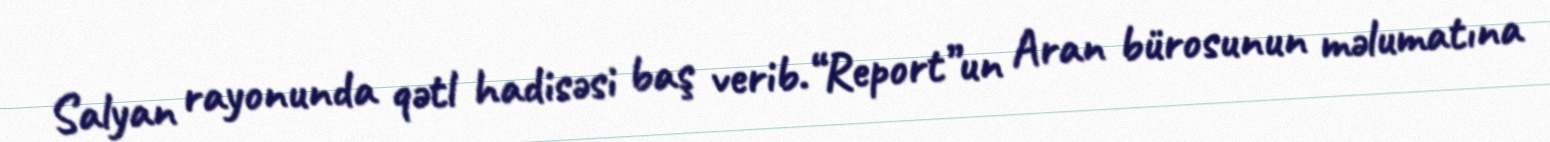
Salyan rayonunda qətl hadisəsi baş verib.“Report”un Aran bürosunun məlumatına